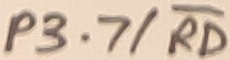
Text: P3.7/RD